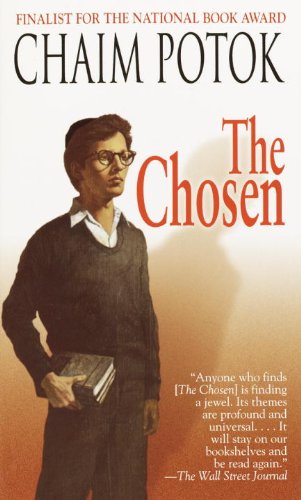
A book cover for The Chosen; Chaim Potok; Mystery, Thriller & Suspense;